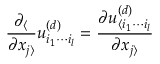
\frac { \partial _ { \langle } } { \partial x _ { j \rangle } } u _ { i _ { 1 } \cdots i _ { l } } ^ { ( d ) } = \frac { \partial u _ { \langle i _ { 1 } \cdots i _ { l } } ^ { ( d ) } } { \partial x _ { j \rangle } }